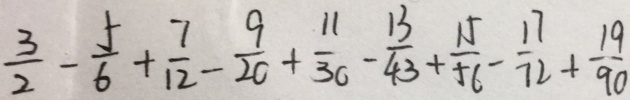
\frac { 3 } { 2 } - \frac { 5 } { 6 } + \frac { 7 } { 1 2 } - \frac { 9 } { 2 0 } + \frac { 1 1 } { 3 0 } - \frac { 1 3 } { 4 3 } + \frac { 1 5 } { 5 6 } - \frac { 1 7 } { 7 2 } + \frac { 1 9 } { 9 0 }